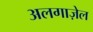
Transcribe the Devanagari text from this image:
अलगाज़ेल